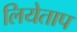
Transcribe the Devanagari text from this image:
लियेताप